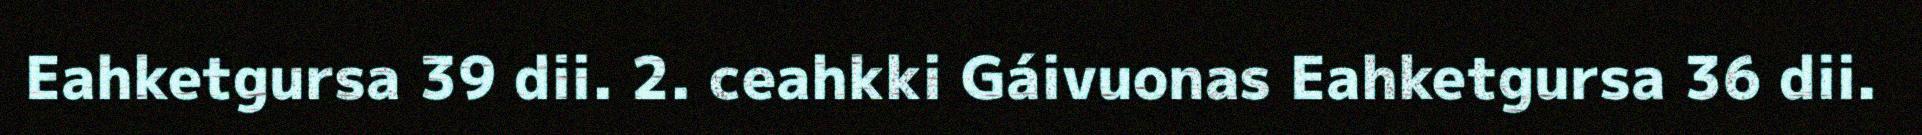
Eahketgursa 39 dii. 2. ceahkki Gáivuonas Eahketgursa 36 dii.